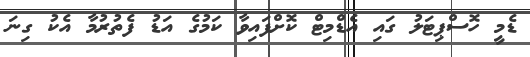
ޑެމީ ހޮސްޕިޓަލު ގައި އެޑްމިޓް ކޮށްފައިވާ ކަމުގެ އަޑު ފެތުރުމާ އެކު ގިނަ